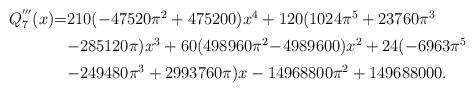
LaTeX: \begin{align*}\begin{array}{rcl}Q_7^{'''}(x)\!\!&\!\!\!=\!\!\!&\!\!210(-47520\pi^2+475200)x^4+120(1024\pi^5+23760\pi^3\\ [1.0 ex]\!\!&\!\!\! \!\!\!&\!\!-285120\pi)x^3+60(498960\pi^2\!-\!4989600)x^2+24(-6963\pi^5\\ [1.0 ex]\!\!&\!\!\! \!\!\!&\!\!-249480\pi^3+2993760\pi)x-14968800\pi^2+149688000.\end{array}\end{align*}